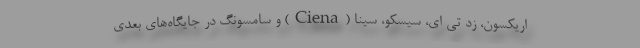
اریکسون، زد تی ای، سیسکو، سینا (Ciena) و سامسونگ در جایگاه‌های بعدی